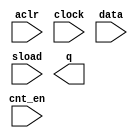
module program_counter (
	aclr,
	clock,
	cnt_en,
	data,
	sload,
	q);

	input	  aclr;
	input	  clock;
	input	  cnt_en;
	input	[8:0]  data;
	input	  sload;
	output	[8:0]  q;

endmodule